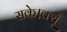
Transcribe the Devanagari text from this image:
सके।क्यूँ